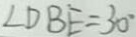
\angle D B E = 3 0 ^ { \circ }